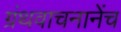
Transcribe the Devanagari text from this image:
ग्रंथवाचनानेंच